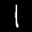
Label: 1